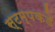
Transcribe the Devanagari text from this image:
स्टम्पकडे